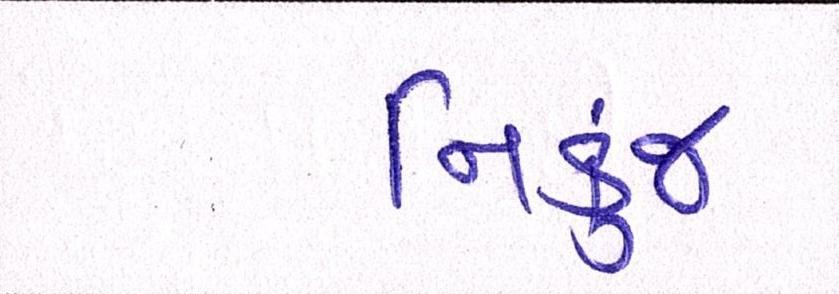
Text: નિકુંજ